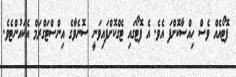
ފޮޓޯއެއް ވެސް ހިއްސާކޮށްފަ އެވެ. އެ ފޮޓޯގައި ޓެގްކޮށްފައިވަނީ ސޮނެވާގެ އިންސްޓަގްރަމް އެކައުންޓެވެ.